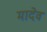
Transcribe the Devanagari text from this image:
मादेव